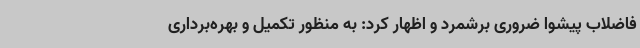
فاضلاب پیشوا ضروری برشمرد و اظهار کرد: به‌ منظور تکمیل و بهره‌برداری